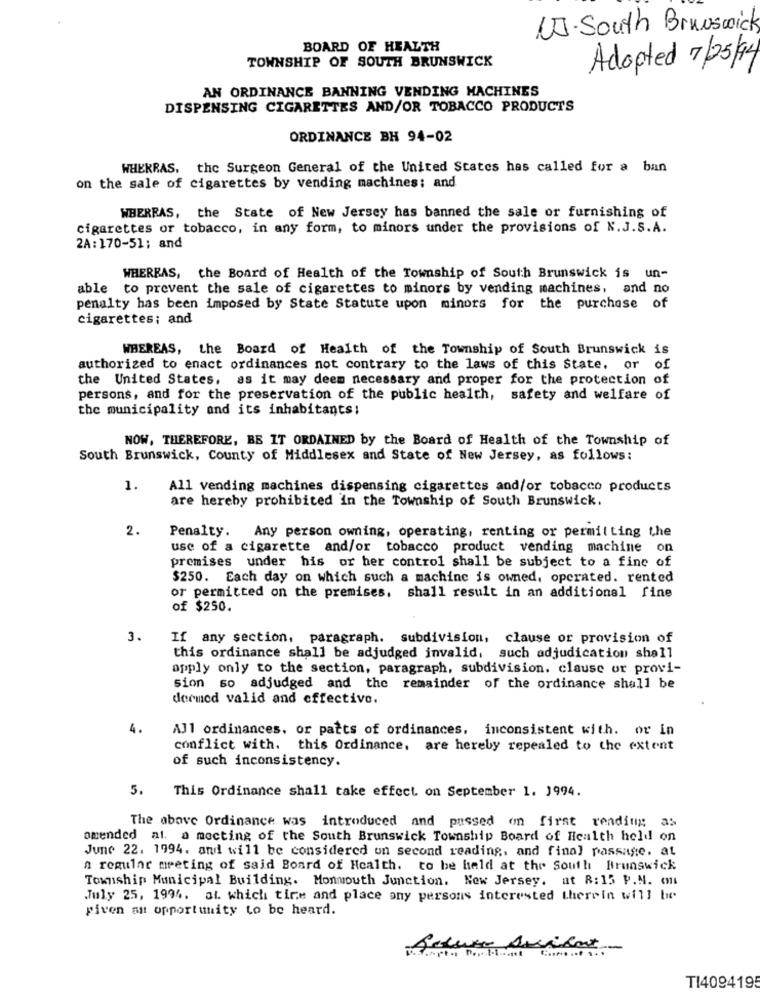
UJ.South Brunswick
BOARD OF HEALTH
TOWNSHIP OF SOUTH BRUNSWICK
Adopted 7/25/94
AN ORDINANCE BANNING VENDING MACHINES
DISPENSING CIGARETTES AND/OR TOBACCO PRODUCTS
ORDINANCE BH 94-02
WHEKRAS. the Surgeon General of the United States has called for a ban
on the sale of cigarettes by vending machines: and
WBERRAS, the State of New Jersey has banned the sale or furnishing of
cigarettes or tobacco, in any form, to minors under the provisions of N.J.S.A.
2A: 170-51; and
WHEREAS, the Board of Health of the Township of South Brunswick is un-
able to prevent the sale of cigarettes to minors by vending machines, and no
penalty has been imposed by State Statute upon minors for the purchase of
cigarettes; and
WHEREAS, the Board of Health of the Township of South Brunswick is
authorized to enact ordinances not contrary to the laws of this State. or of
the United States, as it may deem necessary and proper for the protection of
persons, and for the preservation of the public health, safety and welfare of
the municipality and its inhabitants;
NOW, THEREFORE, BE IT ORDAINED by the Board of Health of the Township of
South Brunswick, County of Middlesex and State of New Jersey, as follows:
1.
All vending machines dispensing cigarettes and/or tobacco products
are hereby prohibited in the Township of South Brunswick.
2.
Penalty. Any person owning, operating, renting or permil ting the
use of a cigarette and/or tobacco product vending machine on
premises under his or her control shall be subject to a fine of
$250. Each day on which such a machine is owned, operated. rented
or permitted on the premises, shall result in an additional fine
of $250.
3.
If any section. paragraph. subdivision, clause or provision of
this ordinance shall be adjudged invalid, such adjudication shall
apply only to the section, paragraph, subdivision. clause or provi-
sion so adjudged and the remainder of the ordinance shall be
dermed valid and effective.
4.
All ordinances. or parts of ordinances, inconsistent with. or in
conflict with. this Ordinance, are hereby repealed to the extent
of such inconsistency.
5.
This Ordinance shall take effect on September 1. 1994.
The above Ordinance was introduced and passed on first rending as
amended al. a mecting of the South Brunswick Township Board of Health held on
June 22. 1994. and will be considered on second reading, and final passage. at
a regular meeting of said Board of Health. to be held at the South Brunswick
Township Municipal Building. Monmouth Junction. New Jersey, at R: 15 P.M. (
July 25, 1994. at. which tire and place any persons interested therein will be
given an opportunity to be heard.
TI4094195